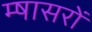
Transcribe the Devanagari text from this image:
म्षासरों